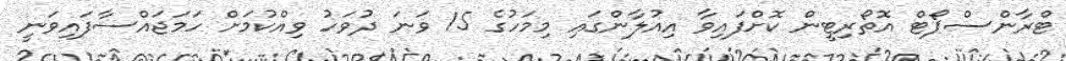
ޓްރާންސްޕޯޓް އޮތޯރިޓީން ކޮށްފައިވާ އިއުލާންގައި މިމަހުގެ 15 ވަނަ ދުވަހު ވިއްކުމަށް ހަމަޖައްސާފައިވަނީ